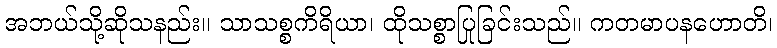
အဘယ်သို့ဆိုသနည်း။ သာသစ္စကိရိယာ၊ ထိုသစ္စာပြုခြင်းသည်။ ကတမာပနဟောတိ၊